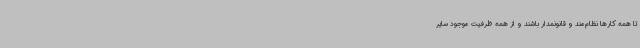
تا همه کارها نظام‌مند و قانونمدار باشند و از همه ظرفیت موجود سایر